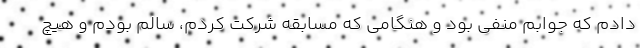
دادم که جوابم منفی بود و هنگامی که مسابقه شرکت کردم، سالم بودم و هیچ